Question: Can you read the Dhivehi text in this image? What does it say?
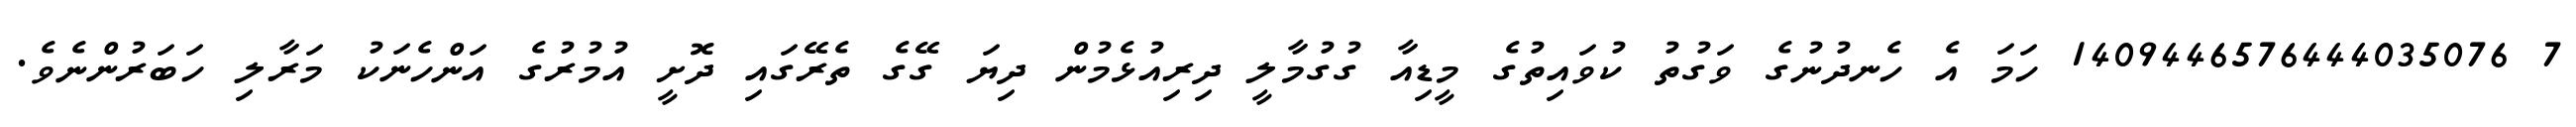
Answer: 7 1409446576444035076 ހަމަ އެ ހެނދުނުގެ ވަގުތު ކުވައިތުގެ މީޑިއާ ގުގުމާލީ ދިރިއުޅެމުން ދިޔަ ގޭގެ ތެރޭގައި ދޮށީ އުމުރުގެ އަންހެނަކު މަރާލި ހަބަރުންނެވެ.